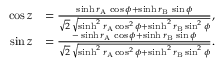
\begin{array} { r l } { \cos z } & { = \frac { \sinh r _ { \mathrm { \scriptscriptstyle A } } \, \cos \phi + \sinh r _ { \mathrm { \scriptscriptstyle B } } \, \sin \phi } { \sqrt 2 \, \sqrt { \sinh ^ { 2 } r _ { \mathrm { \scriptscriptstyle A } } \cos ^ { 2 } \phi + \sinh ^ { 2 } r _ { \mathrm { \scriptscriptstyle B } } \sin ^ { 2 } \phi } } , } \\ { \sin z } & { = \frac { - \sinh r _ { \mathrm { \scriptscriptstyle A } } \, \cos \phi + \sinh r _ { \mathrm { \scriptscriptstyle B } } \, \sin \phi } { \sqrt 2 \, \sqrt { \sinh ^ { 2 } r _ { \mathrm { \scriptscriptstyle A } } \cos ^ { 2 } \phi + \sinh ^ { 2 } r _ { \mathrm { \scriptscriptstyle B } } \sin ^ { 2 } \phi } } . } \end{array}